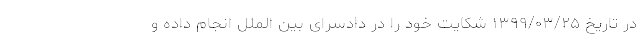
در تاریخ ۱۳۹۹/۰۳/۲۵ شکایت خود را در دادسرای بین الملل انجام داده و